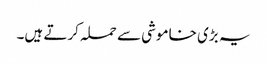
یہ بڑی خاموشی سے حملہ کرتے ہیں۔